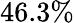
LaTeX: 46.3\%